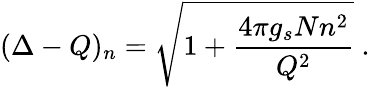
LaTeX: (\Delta-Q)_{n}=\sqrt{1+\frac{4\pi g_{s}Nn^{2}}{Q^{2}}}~.